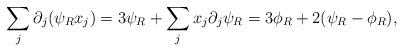
LaTeX: \begin{align*}\sum_j \partial_j (\psi_R x_j) = 3\psi_R +\sum_j x_j \partial_j \psi_R = 3\phi_R + 2(\psi_R-\phi_R),\end{align*}